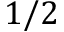
1 / 2